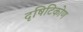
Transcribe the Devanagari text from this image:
दृषिटिकोण